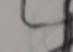
Signature authenticity: forged